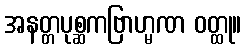
အနတ္တပုစ္ဆကဗြာဟ္မဏ ဝတ္ထု။